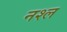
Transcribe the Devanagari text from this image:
नश्ल